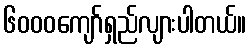
၆၀၀၀ကျော်ရှည်လျားပါတယ်။